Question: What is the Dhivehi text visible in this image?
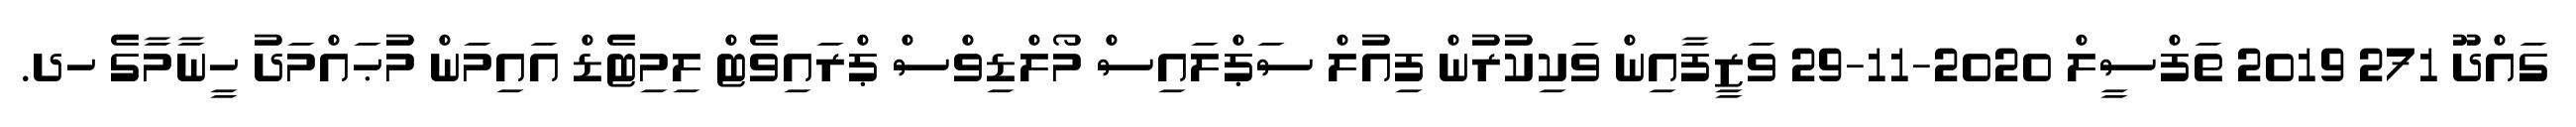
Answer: ގައްދޫ 271 2019 ތަފްސީލް 2020-11-29 ވަޒީފާއިން ވަކިކުރުން ފިއުލް ސަޕްލައިސް މޯލްޑިވްސް ޕްރައިވެޓް ލިމިޓެޑް އައިމަން މުޙައްމަދު ހީނާމާގެ ހދ.